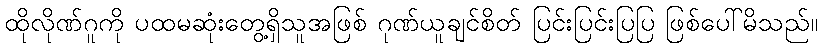
ထိုလိုဏ်ဂူကို ပထမဆုံးတွေ့ရှိသူအဖြစ် ဂုဏ်ယူချင်စိတ် ပြင်းပြင်းပြပြ ဖြစ်ပေါ်မိသည်။